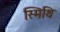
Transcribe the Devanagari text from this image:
स्मिथि